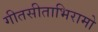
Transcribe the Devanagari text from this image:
गीतसीताभिरामो